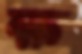
ক্ষ